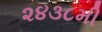
૨૪૩૮મી